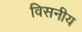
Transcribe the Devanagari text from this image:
विसनीय